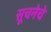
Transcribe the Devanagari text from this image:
सूचनेचे